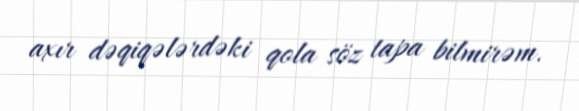
axır dəqiqələrdəki qola söz tapa bilmirəm.